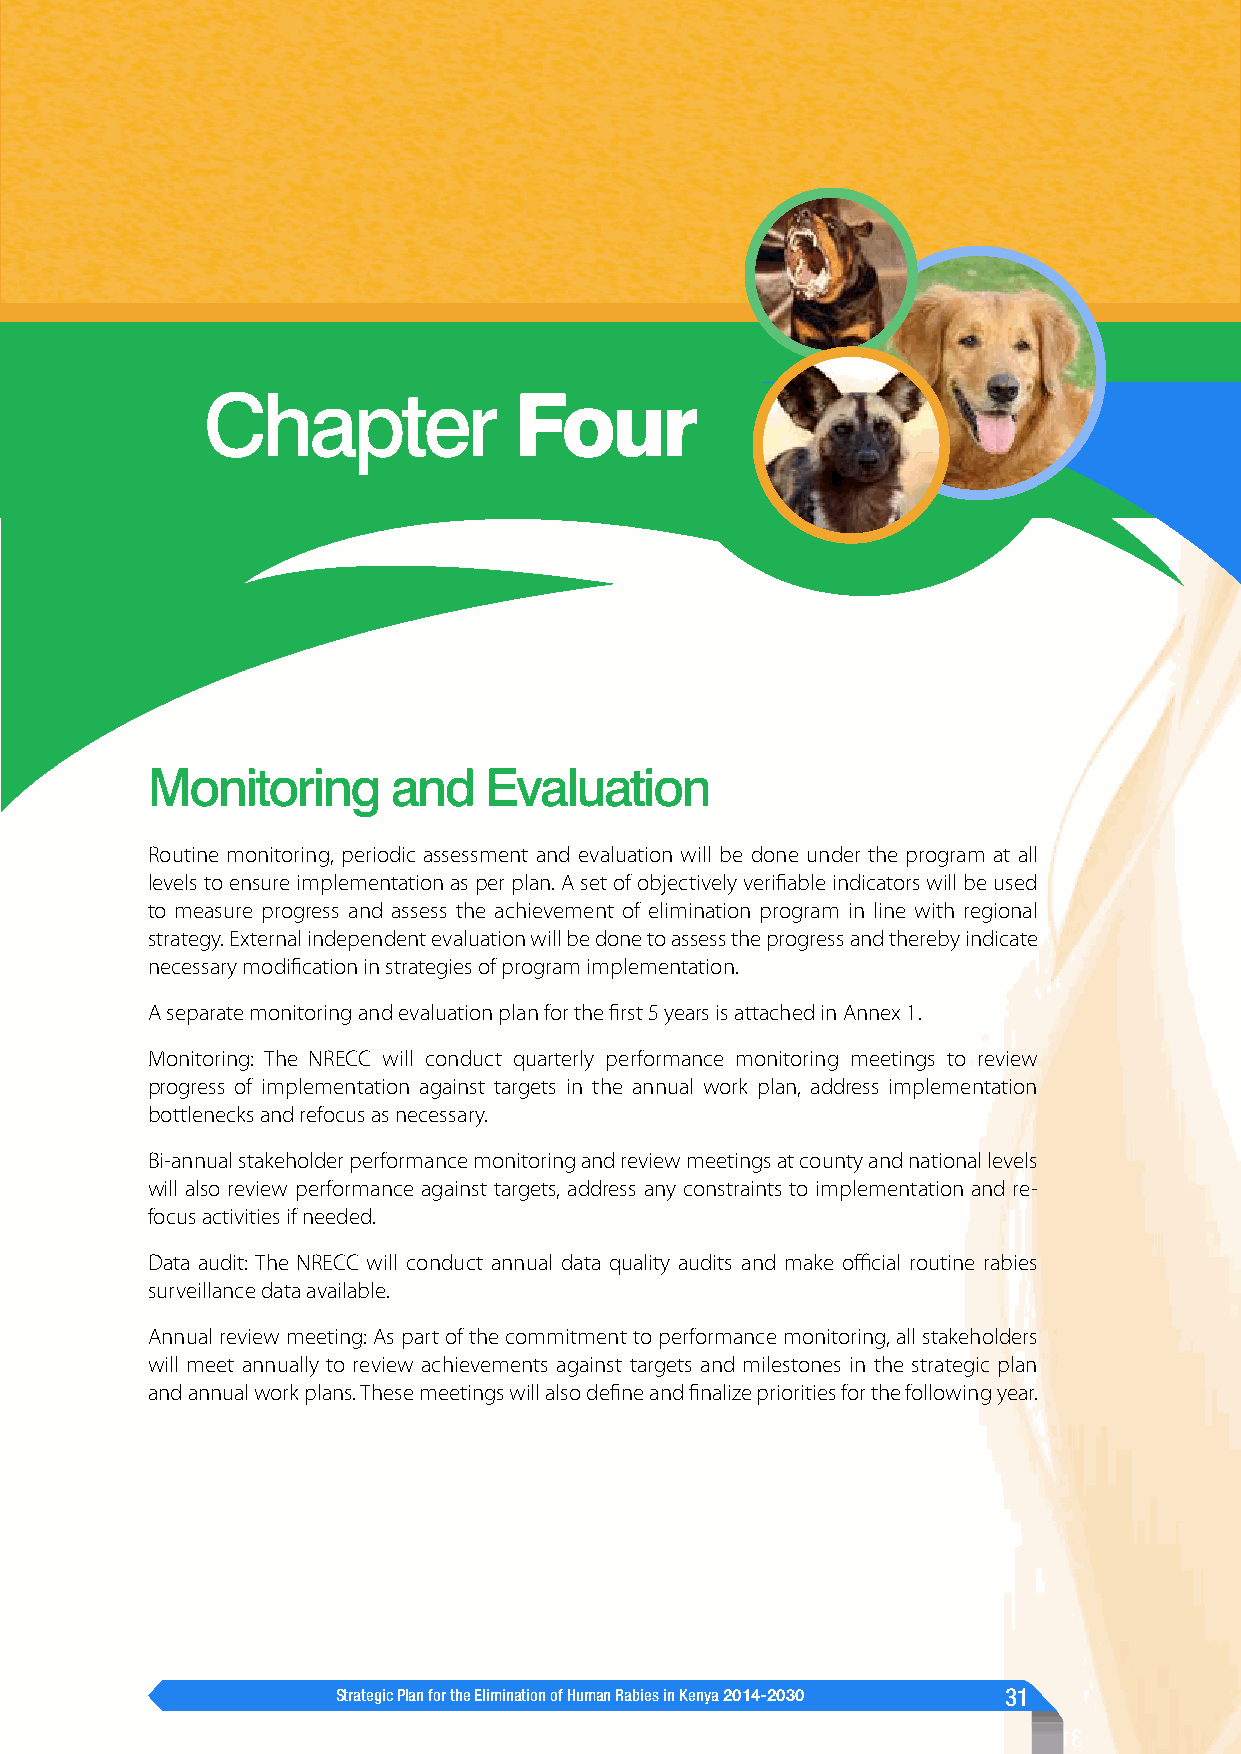
Chapter              Four
 Monitoring      and   Evaluation
 Routine monitoring, periodic assessment and evaluation will be done under the program at all
 levels to ensure implementation as per plan. A set of objectively verifiable indicators will be used
 to measure progress and assess the achievement of elimination program in line with regional
 strategy. External independent evaluation will be done to assess the progress and thereby indicate
 necessary modification in strategies of program implementation.
 A separate monitoring and evaluation plan for the first 5 years is attached in Annex 1.
 Monitoring: The NRECC will conduct quarterly performance monitoring meetings to review
 progress of implementation against targets in the annual work plan, address implementation
 bottlenecks and refocus as necessary.
 Bi-annual stakeholder performance monitoring and review meetings at county and national levels
 will also review performance against targets, address any constraints to implementation and re-
 focus activities if needed.
 Data audit: The NRECC will conduct annual data quality audits and make official routine rabies
 surveillance data available.
 Annual review meeting: As part of the commitment to performance monitoring, all stakeholders
 will meet annually to review achievements against targets and milestones in the strategic plan
 and annual work plans. These meetings will also define and finalize priorities for the following year.
 Strategic Plan for the Elimination of Human Rabies in Kenya 2014-2030 31
 1 3